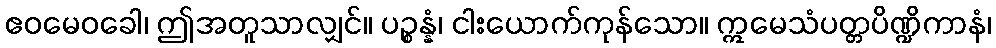
ဧဝမေဝခေါ၊ ဤအတူသာလျှင်။ ပဉ္စန္နံ၊ ငါးယောက်ကုန်သော။ ဣမေသံပတ္တပိဏ္ဍိကာနံ၊